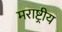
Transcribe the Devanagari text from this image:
मराष्ट्रीय